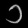
Digit: ၁